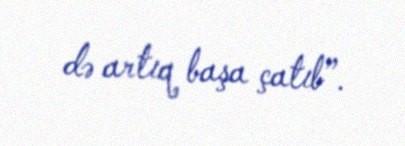
də artıq başa çatıb”.